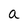
Character: a